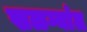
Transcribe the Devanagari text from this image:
खळग्यांत